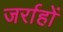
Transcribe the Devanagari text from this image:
जर्राहों